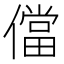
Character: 儅